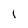
Character: 1